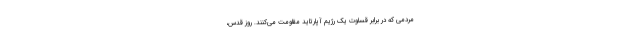
مردمی که در برابر قساوت یک رژیم آپارتاید مقاومت می‌کنند. روز قدس،